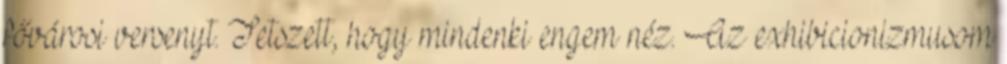
fővárosi versenyt. Tetszett, hogy mindenki engem néz. Az exhibicionizmusom